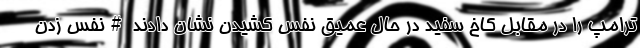
ترامپ را در مقابل کاخ سفید در حال عمیق نفس کشیدن نشان دادند #نفس زدن